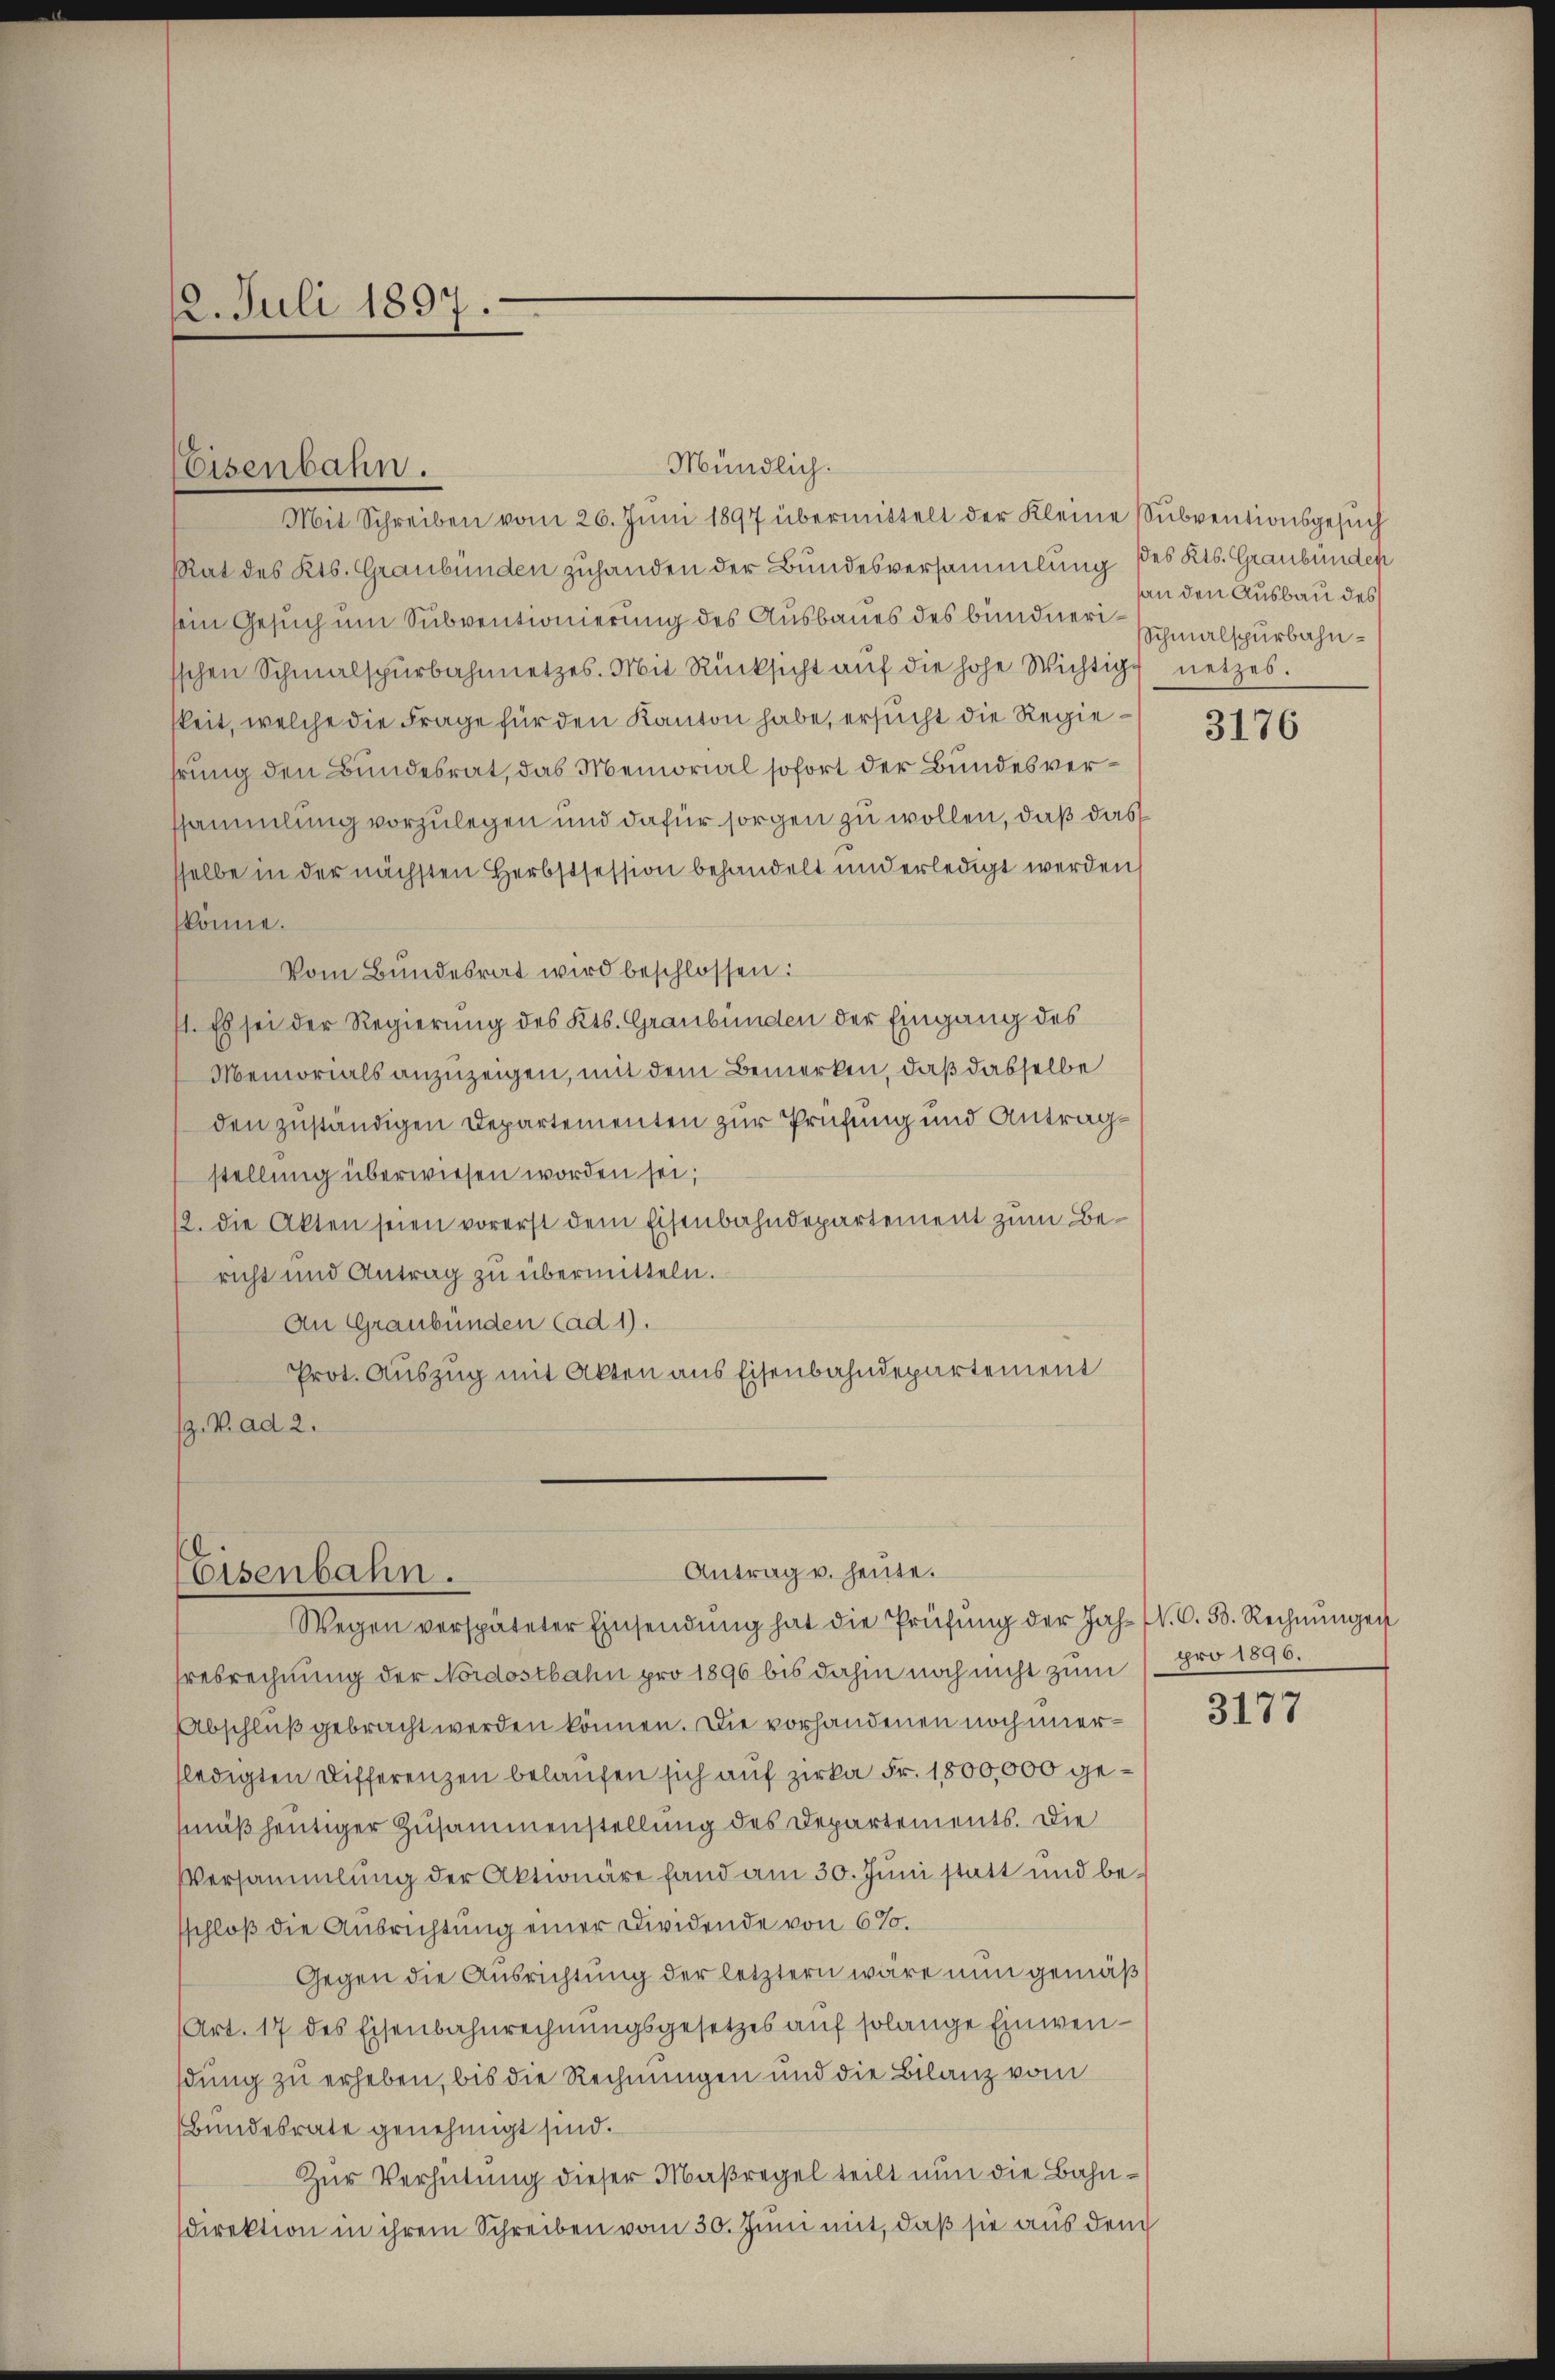
12. Juli 1897.

Eisenbahn.

Mündlich.
Mit Schreiben vom 26. Jŭni 1897 übermittelt der Kleine Subventionsgesŭch

Antrag u. heute.
Eisenbahn.
Wegen verspäteter Einsendŭng hat die Prüfŭng der Jah-NV.C. 58. Rechnŭngen

Rat des Kts. Graubünden zuhanden der Bundesversammlung des Kts. Graubünden
sein Gesuch um Subventionierung des Ausbaues des bundner Schmalspurbahnschen Schmalspürbahnnetzes. Mit Rücksicht auf die hohe Wichtig
keit, welche die Frage für den Kanton habe, ersucht die Regiehrung den Bundesrat, das Memorial sofort der Bundesverssammlung vorzulegen und dafür sorgen zu wollen, daß das
sselbe in der nächsten Herbstsession behandelt und erledigt werden
könne.
Vom Bundesrat wird beschlossen:
1. Es sei der Regierung des Kts. Graubünden der Eingang des
Memorials anzuzeigen, mit dem Bemerken, daß dasselbe
den zuständigen Departementen zur Prüfung und Antragstellung überwiesen worden sei;
12. die Akten seien vorerst dem Eisenbahndepartement zum Bericht und Antrag zu übermitteln.
An Graubünden (ad 1.
Prot. Auszug mit Akten aus Eisenbahndepartement
. V. ad 2.

hresrechnung der Nordostbahn pro 1896 bis dahin noch nicht zum 1 pro 1896.
Abschluß gebracht werden können. Die vorhandenen noch imerfledigten Differenzen belaufen sich auf zirka Fr. 1800,000 gemäß heutiger Zusammenstellung des Departements. Die
Versammlung der Aktionäre fand am 30. Juni statt und besschloß die Ausrichtung einer Dividende von 6%.
Gegen die Ausrichtung der letztern wäre nun gemäß
(Art. 17 des Eisenbahnrechnungsgesetzes auf solange Einwendung zu erheben, bis die Rechnungen und die Bilanz vom
Bundesrate genehmigt sind.
Zur Verhütung dieser Maßregel teilt nun die Bahndirektion in ihrem Schreiben vom 30. Juni mit, daß sie aus dem

an den Ausbau des
netzes.

3176

3177